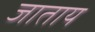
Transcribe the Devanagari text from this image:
जाताय